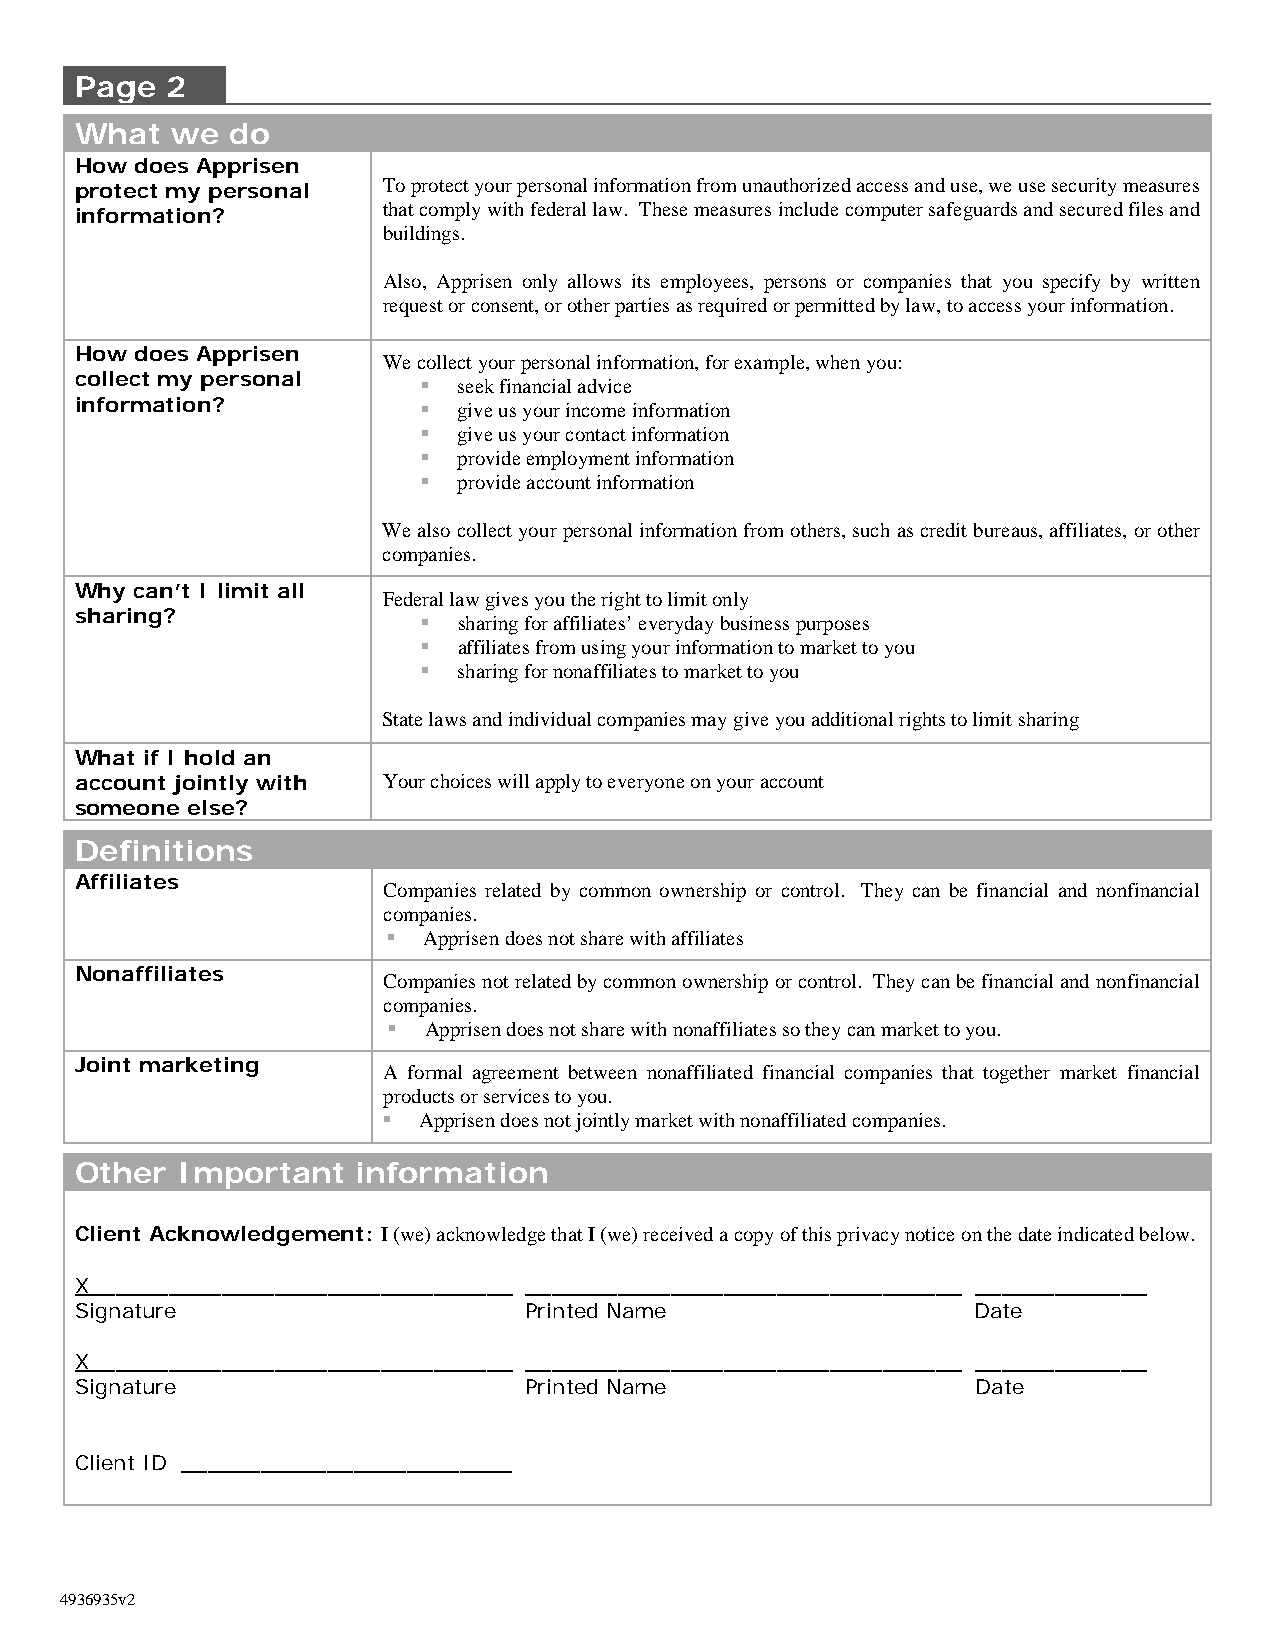
Page  2
 What  we  do
 How does Apprisen
 protect my personal To protect your personal information from unauthorized access and use, we use security measures
 that comply with federal law. These measures include computer safeguards and secured files and
 information?
 buildings.
 Also, Apprisen only allows its employees, persons or companies that you specify by written
 request or consent, or other parties as required or permitted by law, to access your information.
 How does Apprisen
 We collect your personal information, for example, when you:
 collect my personal     seek financial advice
 information?            give us your income information
  give us your contact information
  provide employment information
  provide account information
 We also collect your personal information from others, such as credit bureaus, affiliates, or other
 companies.
 Why can’t I limit all
 Federal law gives you the right to limit only
 sharing?                sharing for affiliates’ everyday business purposes
  affiliates from using your information to market to you
  sharing for nonaffiliates to market to you
 State laws and individual companies may give you additional rights to limit sharing
 What if I hold an
 account jointly with Your choices will apply to everyone on your account
 someone else?
 Definitions
 Affiliates
 Companies related by common ownership or control. They can be financial and nonfinancial
 companies.
  Apprisen does not share with affiliates
 Nonaffiliates
 Companies not related by common ownership or control. They can be financial and nonfinancial
 companies.
  Apprisen does not share with nonaffiliates so they can market to you.
 Joint marketing
 A formal agreement between nonaffiliated financial companies that together market financial
 products or services to you.
   Apprisen does not jointly market with nonaffiliated companies.
 Other  Important   information
 Client Acknowledgement: I (we) acknowledge that I (we) received a copy of this privacy notice on the date indicated below.
 X________________________________ _________________________________ _____________
 Signature                     Printed Name                 Date
 X________________________________ _________________________________ _____________
 Signature                     Printed Name                  Date
 Client ID _________________________
 4936935v2